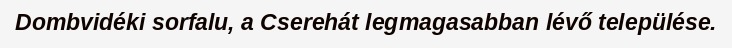
Dombvidéki sorfalu, a Cserehát legmagasabban lévő települése.